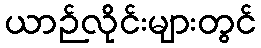
ယာဉ်လိုင်းများတွင်